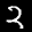
Label: 2